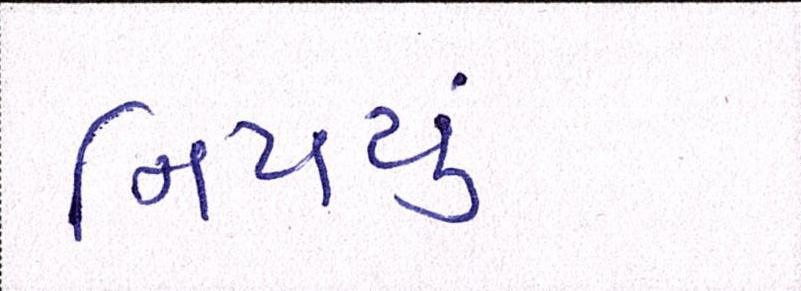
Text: નિપયું